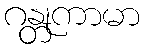
ဂန္တုကာမာ